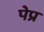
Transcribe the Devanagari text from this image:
पेप्र